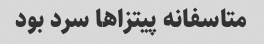
متاسفانه پیتزاها سرد بود